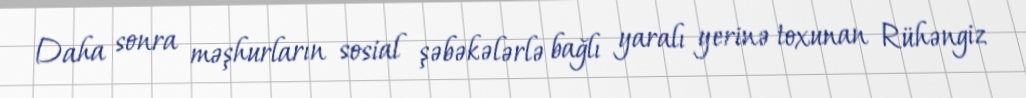
Daha sonra məşhurların sosial şəbəkələrlə bağlı yaralı yerinə toxunan Rühəngiz